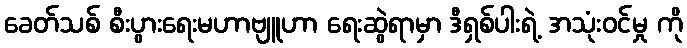
ခေတ်သစ် စီးပွားရေးမဟာဗျူဟာ ရေးဆွဲရာမှာ ဒီရှစ်ပါးရဲ့ အသုံးဝင်မှု ကို